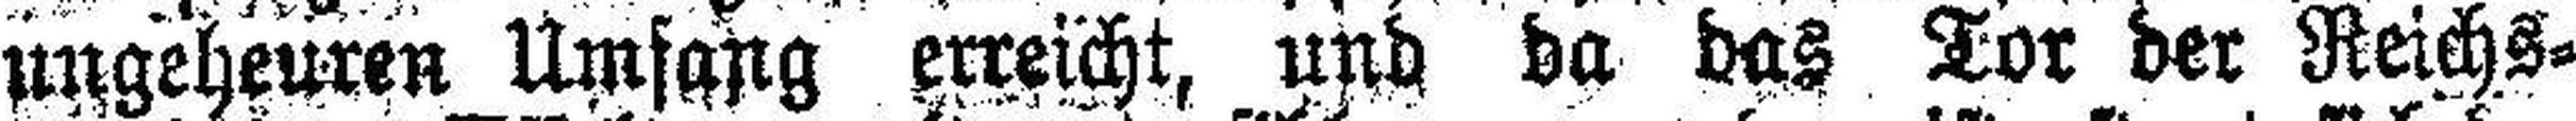
ungeheuren Umsang erreicht, und da das Tor der Reichs¬